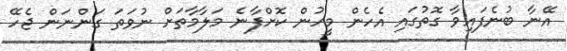
އޭނާ ބުނެފައިވާ ގޮތުގައި އެހެން މީހުން ކޮށްފާނެ މަލާމާތަށް ނުވަތަ ގަންނަން ޖެހޭ